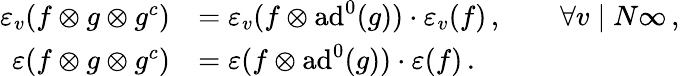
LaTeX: \begin{array}{r}{\begin{array}{rl}{\varepsilon_{v}(f\otimes g\otimes g^{c})}&{=\varepsilon_{v}(f\otimes\mathrm{ad}^{0}(g))\cdot\varepsilon_{v}(f)\, ,\qquad\forall v\mid N\infty\, ,}\\ {\varepsilon(f\otimes g\otimes g^{c})}&{=\varepsilon(f\otimes\mathrm{ad}^{0}(g))\cdot\varepsilon(f)\, .}\end{array}}\end{array}